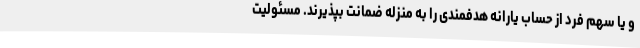
و یا سهم فرد از حساب یارانه هدفمندی را به منزله ضمانت بپذیرند. مسئولیت